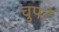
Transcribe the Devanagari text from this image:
चुपटे